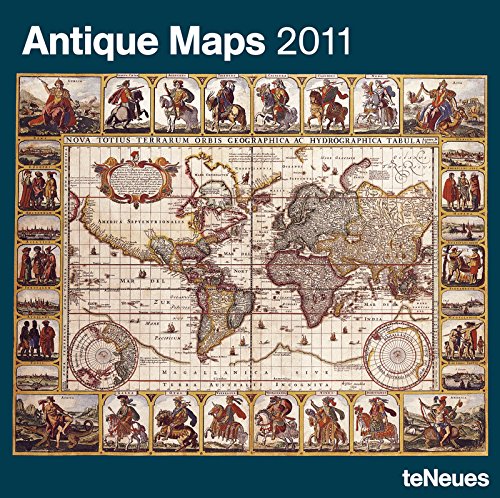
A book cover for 2011 Antique Maps Wall Calendar; teNeues; Calendars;